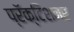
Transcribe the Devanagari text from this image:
प्रॅक्टिशनर